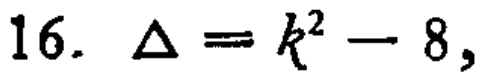
16. $\Delta = k^{2}-8,$